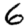
Digit: 6